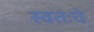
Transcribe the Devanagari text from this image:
स्वतःचे